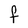
Character: F